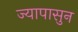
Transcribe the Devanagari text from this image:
ज्यापासुन